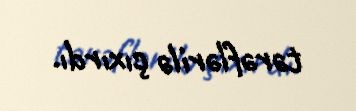
tərəflərilə çıxırdı.